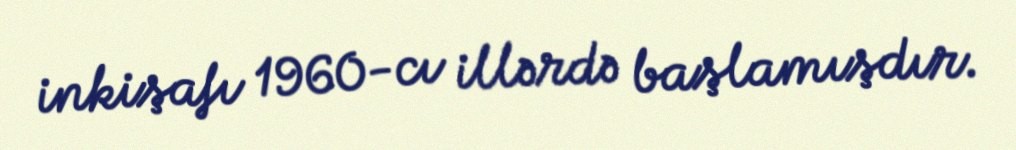
inkişafı 1960-cı illərdə başlamışdır.